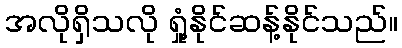
အလိုရှိသလို ရှုံ့နိုင်ဆန့်နိုင်သည်။